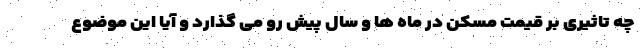
چه تاثیری بر قیمت مسکن در ماه ها و سال پیش رو می گذارد و آیا این موضوع